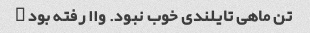
تن ماهی تایلندی خوب نبود. واا رفته بود …